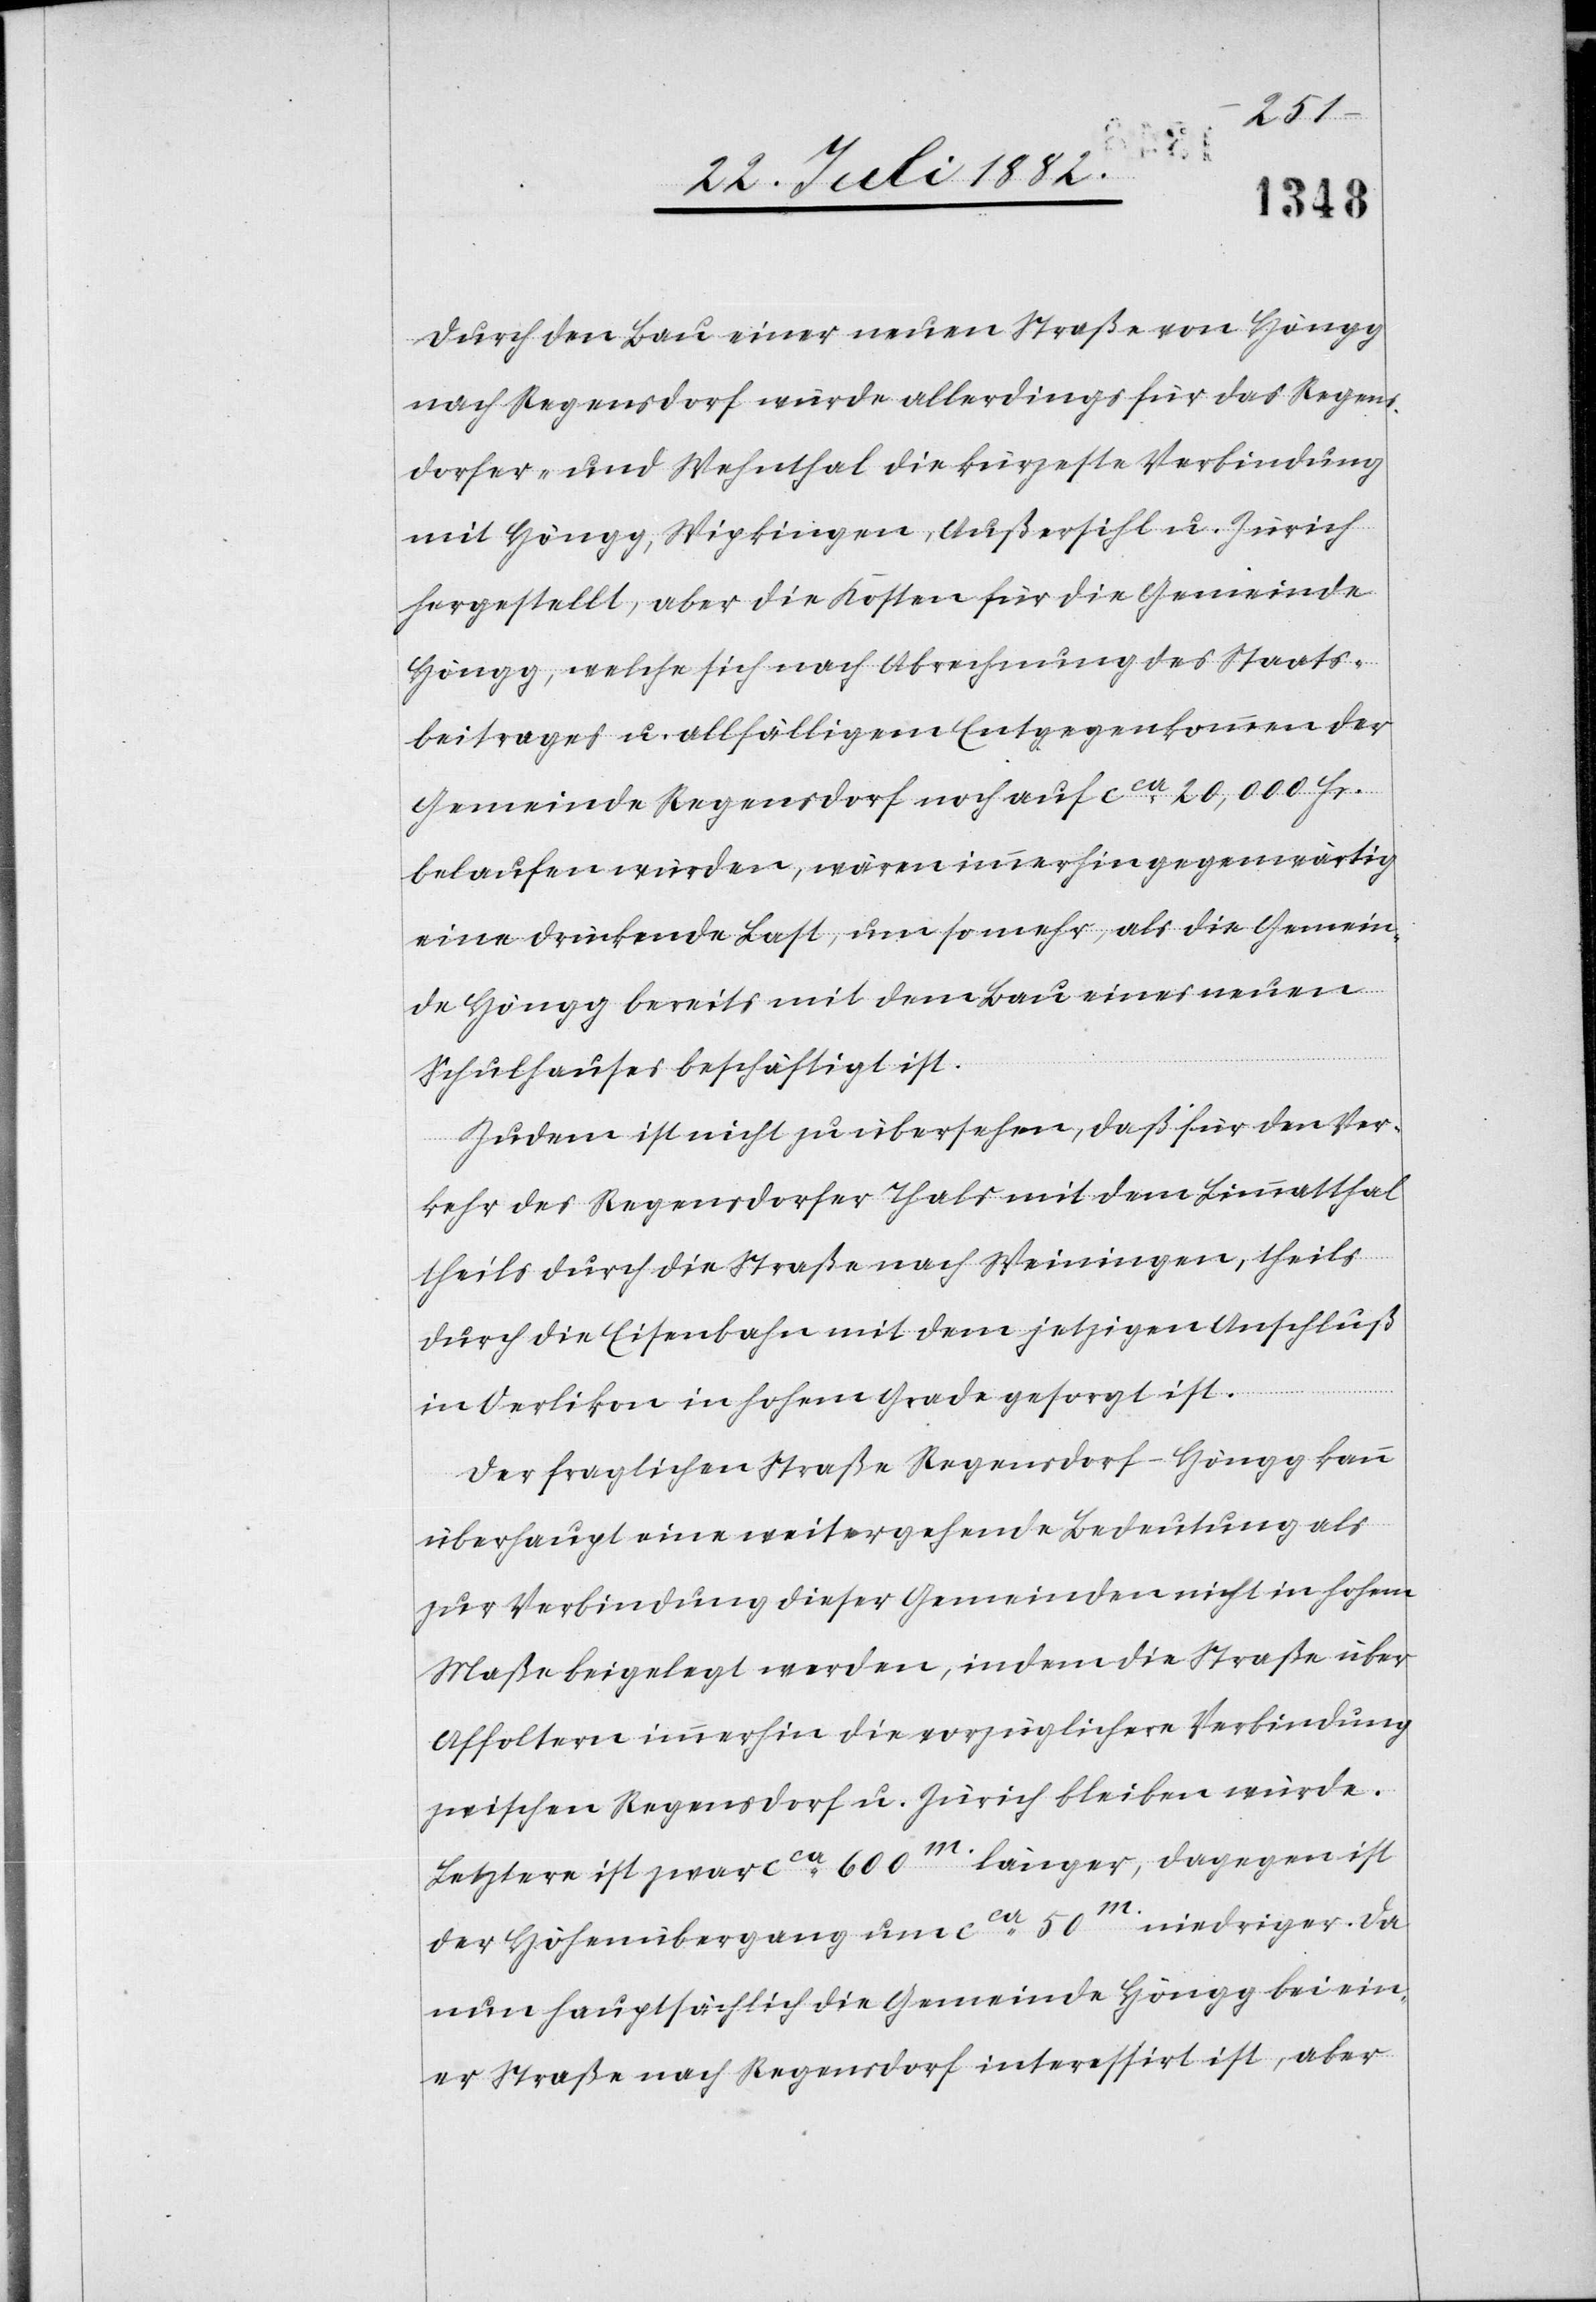
Durch den Bau einer neuen Straße von Höngg
nach Regensdorf würde allerdings für das Regens¬
dorfer- und Wehnthal die kürzeste Verbindung
mit Höngg, Wipkingen, Außersihl u. Zürich
hergestellt, aber die Kosten für die Gemeinde
Höngg, welche sich nach Abrechnung des Staats¬
beitrages u. allfälligem Entgegenkommen der
Gemeinde Regensdorf noch auf ca 20,000 Fr.
belaufen würden, wären immerhin gegenwärtig
eine drückende Last, um so mehr, als die Gemein¬
de Höngg bereits mit dem Bau eines neuen
Schulhauses beschäftigt ist.
Zudem ist nicht zu übersehen, daß für den Ver¬
kehr des Regensdorfer Thales mit dem Limmatthal
theils durch die Straße nach Weiningen, theils
durch die Eisenbahn mit dem jetzigen Anschluß
in Oerlikon in hohem Grade gesorgt ist.
Der fraglichen Straße Regensdorf–Höngg kann
überhaupt eine weitergehende Bedeutung als
zur Verbindung dieser Gemeinden nicht in hohem
Maße beigelegt werden, indem die Straße über
Affoltern immerhin die vorzüglichere Verbindung
zwischen Regensdorf u. Zürich bleiben würde.
Letztere ist zwar ca 600m länger, dagegen ist
der Höhenübergang um ca 50m niedriger. Da
nun hauptsächlich die Gemeinde Höngg bei ein¬
er Straße nach Regensdorf interessirt ist, aber